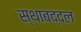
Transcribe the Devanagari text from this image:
स्थाबद्दल